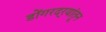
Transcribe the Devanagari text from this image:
डोंगरदर्‍यांतून